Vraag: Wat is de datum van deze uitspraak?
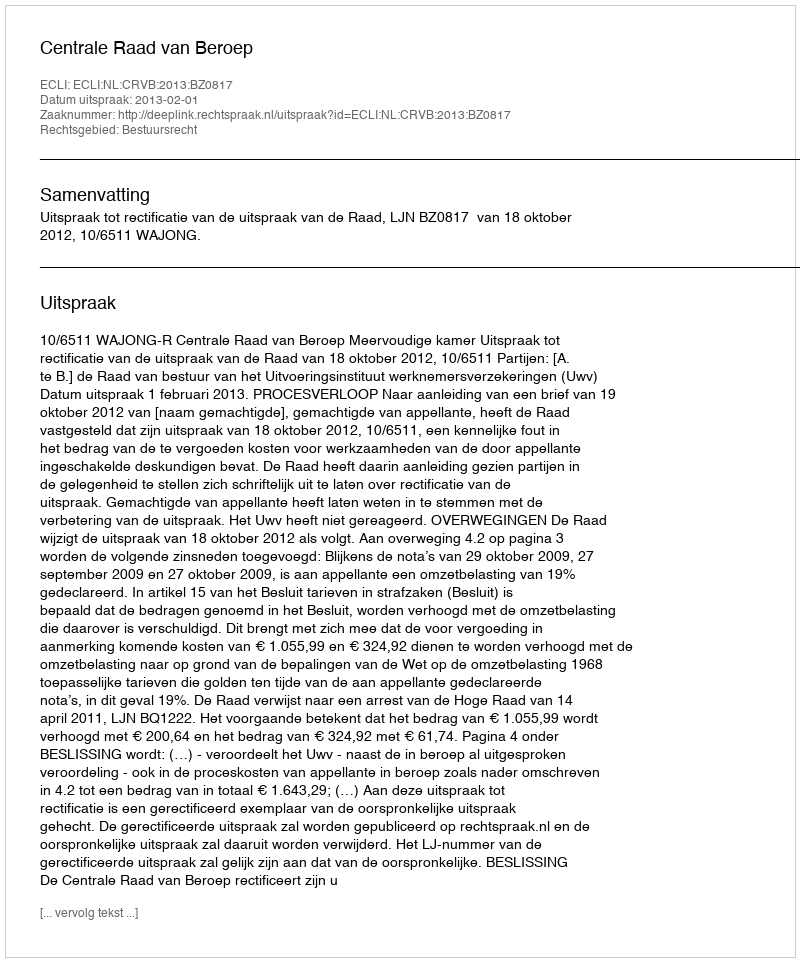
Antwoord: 2013-02-01